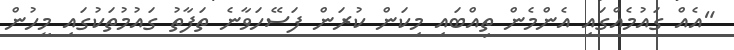
"އެއް ގައުމެއްގައި އެންމެން ތިއްބައި މިކަން ކުރަން ފަސޭހަވާނެ ތަފާތު ގައުމުތަކުގައި މީހުން